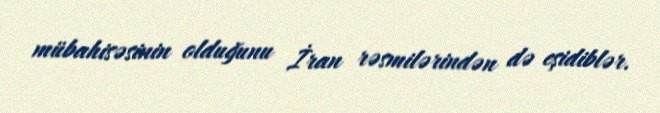
mübahisəsinin olduğunu İran rəsmilərindən də eşidiblər.